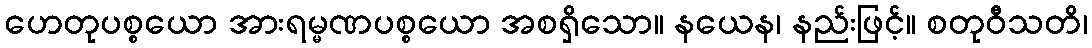
ဟေတုပစ္စယော အားရမ္မဏပစ္စယော အစရှိသော။ နယေန၊ နည်းဖြင့်။ စတုဝီသတိ၊